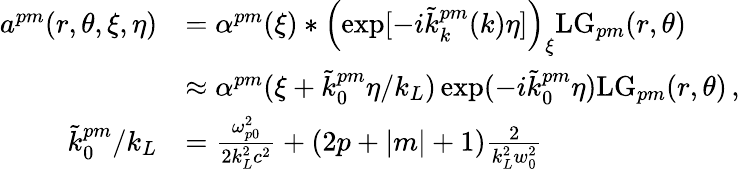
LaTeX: \begin{array}{rl}{a^{pm}(r,\theta,\xi,\eta)}&{=\alpha^{pm}(\xi)\ast\left(\exp[-i\tilde{k}_{k}^{pm}(k)\eta]\right)_{\xi}\mathrm{LG}_{pm}(r,\theta)}\\ &{\approx\alpha^{pm}(\xi+\tilde{k}_{0}^{pm}\eta/k_{L})\exp(-i\tilde{k}_{0}^{pm}\eta)\mathrm{LG}_{pm}(r,\theta)\, ,}\\ {\tilde{k}_{0}^{pm}/k_{L}}&{=\frac{\omega_{p0}^{2}}{2k_{L}^{2}c^{2}}+(2p+|m|+1)\frac{2}{k_{L}^{2}w_{0}^{2}}}\end{array}